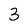
Character: 3